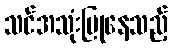
သင်အသုံးပြုနေသည့်